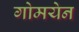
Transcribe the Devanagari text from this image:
गोमयेन